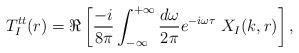
LaTeX: \begin{align*}T^{tt}_I(r) =\Re \left[{-i\over8\pi} \int_{-\infty}^{+\infty} {d\omega\over 2\pi}e^{-i\omega\tau} \; X_I(k,r)\right],\end{align*}